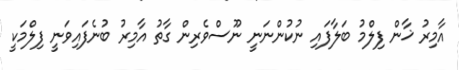
އާމިރު ޚާން ފިލްމު ބަލާފައި ނުކުންނަނީ ނޫސްވެރިން ގާތު އާމިރު ބުނެފައިވަނީ ފިލްމަކީ